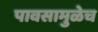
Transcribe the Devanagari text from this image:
पावसामुळेच